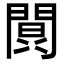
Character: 𮤔